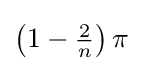
\left(1-{\tfrac {2}{n}}\right)\pi